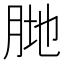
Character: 𱼆